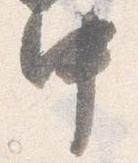
中